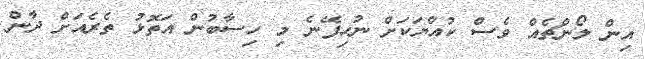
އިން ލޯންޗެއް ވެސް ކުއްޔަކަށް ނުހިފޭނެ މި ހިސާބުން އަތޮޅު ތެރެއަށް ދާން